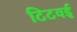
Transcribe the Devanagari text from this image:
टिटवई